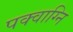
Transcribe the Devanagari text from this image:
पक्वाग्नि